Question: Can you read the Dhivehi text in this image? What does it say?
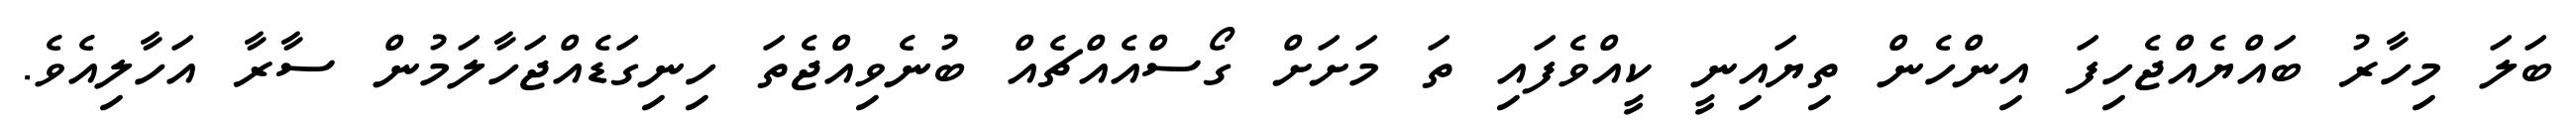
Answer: ބަލަ މިހާރު ބައްޔެއްޖެހިފަ އިންހެން ތިޔައިނީ ކީއްވެފައި ތަ މަށަށް ގޯސްއެއްޗެއް ބުނެވިއްޖެތަ ހިނިގަޑެއްޖަހާލަމުން ސާރާ އަހާލިއެވެ.